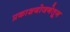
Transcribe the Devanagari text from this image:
प्रकाशयोजनेतून